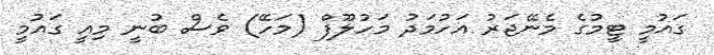
ގައުމީ ޓީމުގެ މެނޭޖަރު އަހުމަދު މަހުލޫފް (މަހޭ) ވެސް ބުނީ މިއީ ގައުމީ